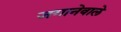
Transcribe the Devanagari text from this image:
जगानेवाले